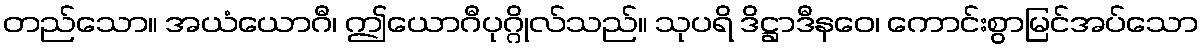
တည်သော။ အယံယောဂီ၊ ဤယောဂီပုဂ္ဂိုလ်သည်။ သုပရိ ဒိဋ္ဌာဒီနဝေ၊ ကောင်းစွာမြင်အပ်သော